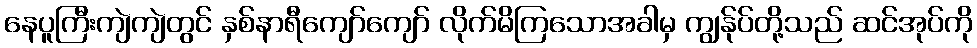
နေပူကြီးကျဲကျဲတွင် နှစ်နာရီကျော်ကျော် လိုက်မိကြသောအခါမှ ကျွန်ုပ်တို့သည် ဆင်အုပ်ကို